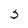
Character: 3